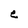
Character: e